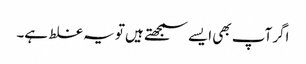
اگر آپ بھی ایسے سمجھتے ہیں تو یہ غلط ہے۔